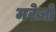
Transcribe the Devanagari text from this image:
मरेज़ों